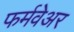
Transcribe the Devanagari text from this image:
फर्मवेअर